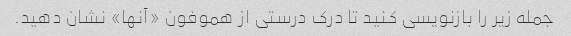
جمله زیر را بازنویسی کنید تا درک درستی از هموفون «آنها» نشان دهید.